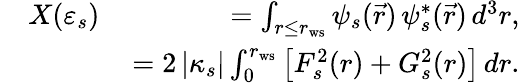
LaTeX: \begin{array}{rlr}&{X(\varepsilon_{s})\, }&{=\int_{r\le r_{\mathrm{ws}}}\psi_{s}(\vec{r})\, \psi_{s}^{*}(\vec{r})\, d^{3}r,}\\ &{}&{=2\, |\kappa_{s}|\int_{0}^{r_{\mathrm{ws}}}\left[F_{s}^{2}(r)+G_{s}^{2}(r)\right]\, dr.}\end{array}